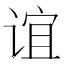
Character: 谊